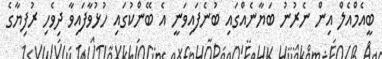
ބީއެމްއެލް އިން ނެރުނު ބަޔާނެއްގައި ބުނެފައިވަނީ އެ ބޭންކުގައި ހުޅުވާފައިވާ ދިވެހި ރުފިޔާގެ